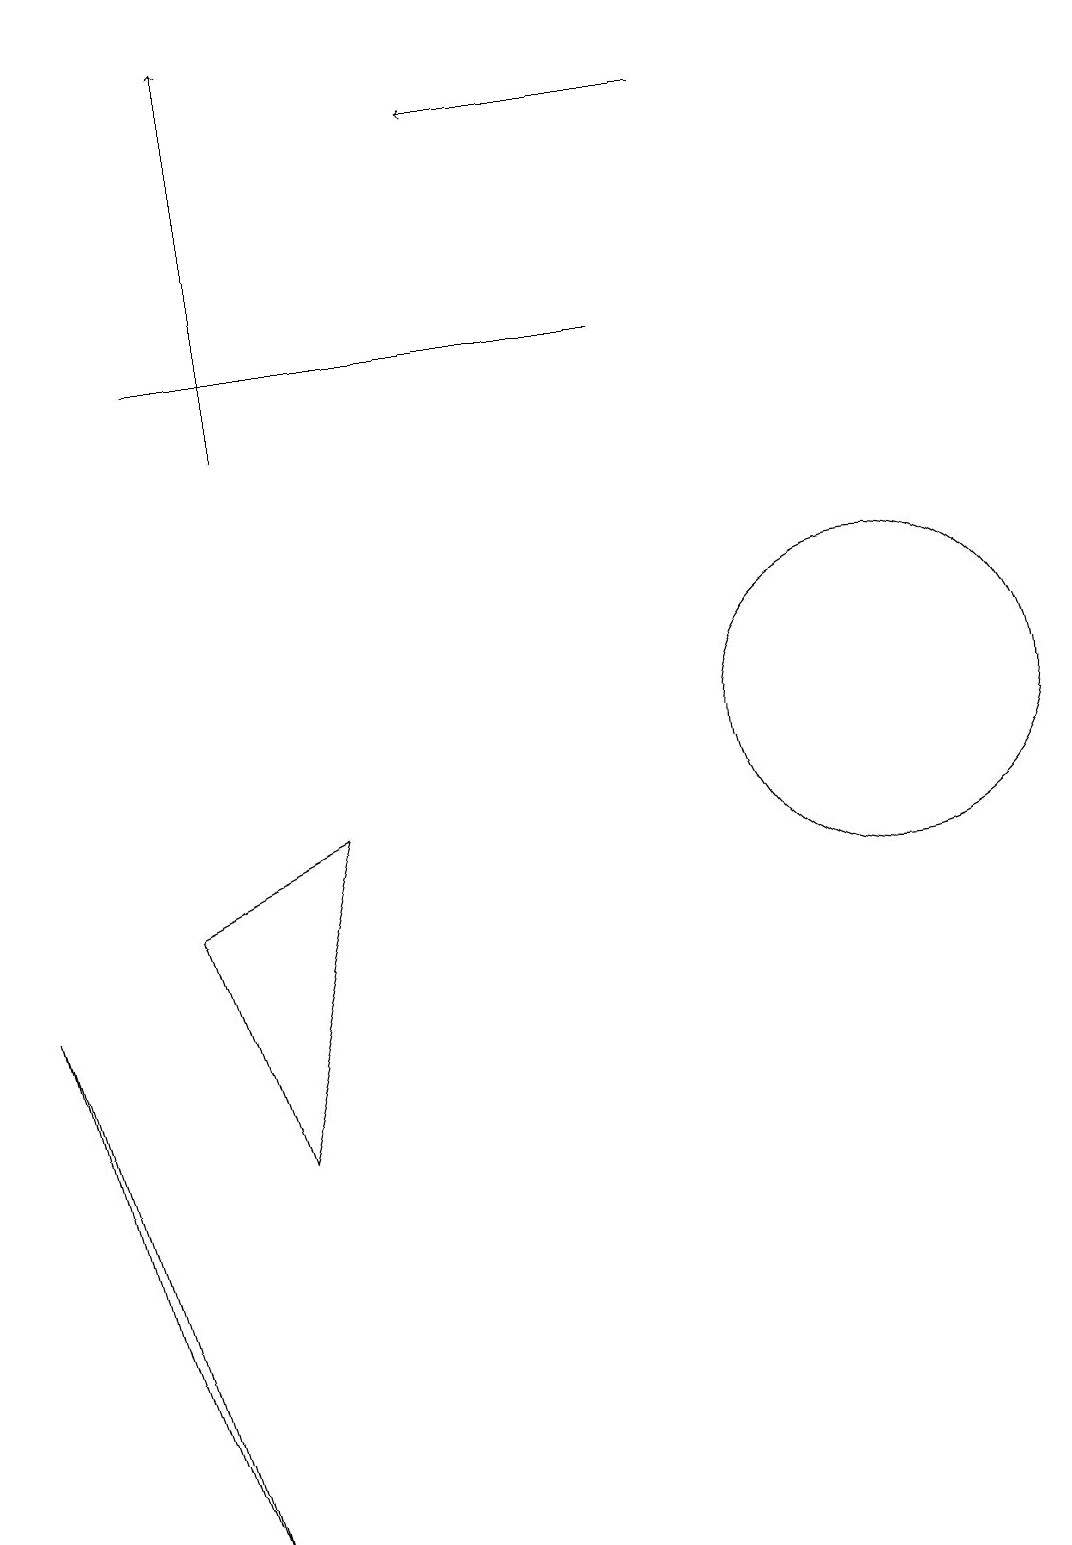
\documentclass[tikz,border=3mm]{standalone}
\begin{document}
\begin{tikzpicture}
\draw (8,15) rectangle (2,15);
\draw (3,5) -- (4,9) -- (2,8) -- cycle;
\draw (2,0) -- (0,7) -- (1,3) -- cycle;
\draw[->] (9,18) -- (6,18);
\draw (11,12) circle (0);
\draw (12,10) circle (0);
\draw (11,10) circle (2);
\draw[->] (3,14) -- (3,19);
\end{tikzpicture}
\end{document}